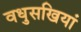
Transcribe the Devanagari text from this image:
वधुसखियां